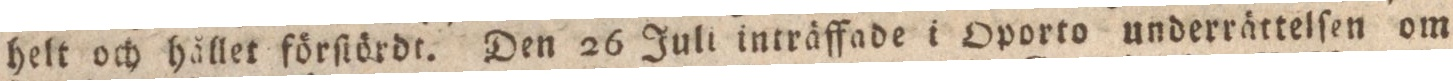
helt och hållet förſtördt. Den 26 Juli inträffade i Oporto underrättelſen om